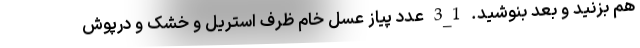
هم بزنید و بعد بنوشید. 1_3 عدد پیاز عسل خام ظرف استریل و خشک و درپوش